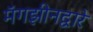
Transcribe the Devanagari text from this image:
मॅगझीनद्वारे